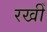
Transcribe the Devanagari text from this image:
रखीँ